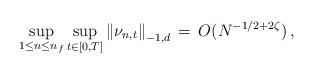
LaTeX: \begin{align*}\sup_{ 1\leq n\leq n_{ f}} \sup_{ t\in[0, T]} \left\Vert \nu_{ n, t} \right\Vert_{ -1, d}\, =\, O (N^{ -1/2 + 2 \zeta})\, ,\end{align*}